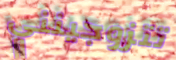
تتزوجينني